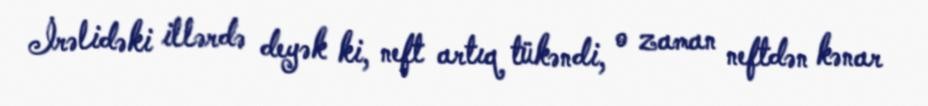
İrəlidəki illərdə deyək ki, neft artıq tükəndi, o zaman neftdən kənar